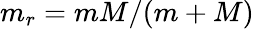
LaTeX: m_{r}=mM/(m+M)